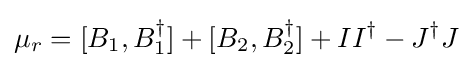
\mu _{r}=[B_{1},B_{1}^{\dagger }]+[B_{2},B_{2}^{\dagger }]+II^{\dagger }-J^{\dagger }J